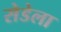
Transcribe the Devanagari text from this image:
सेडेला